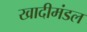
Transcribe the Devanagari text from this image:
खादीमंडल